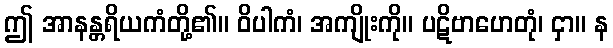
ဤ အာနန္တရိယကံတို့၏။ ဝိပါကံ၊ အကျိုးကို။ ပဋိဗာဟေတုံ၊ ငှာ။ န